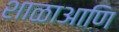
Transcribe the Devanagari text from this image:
शाळाआणि